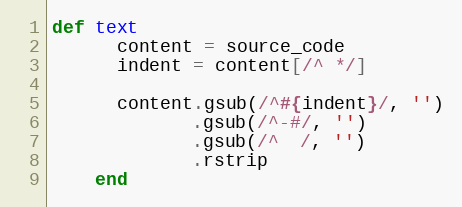
Language: Ruby
def text
      content = source_code
      indent = content[/^ */]

      content.gsub(/^#{indent}/, '')
             .gsub(/^-#/, '')
             .gsub(/^  /, '')
             .rstrip
    end